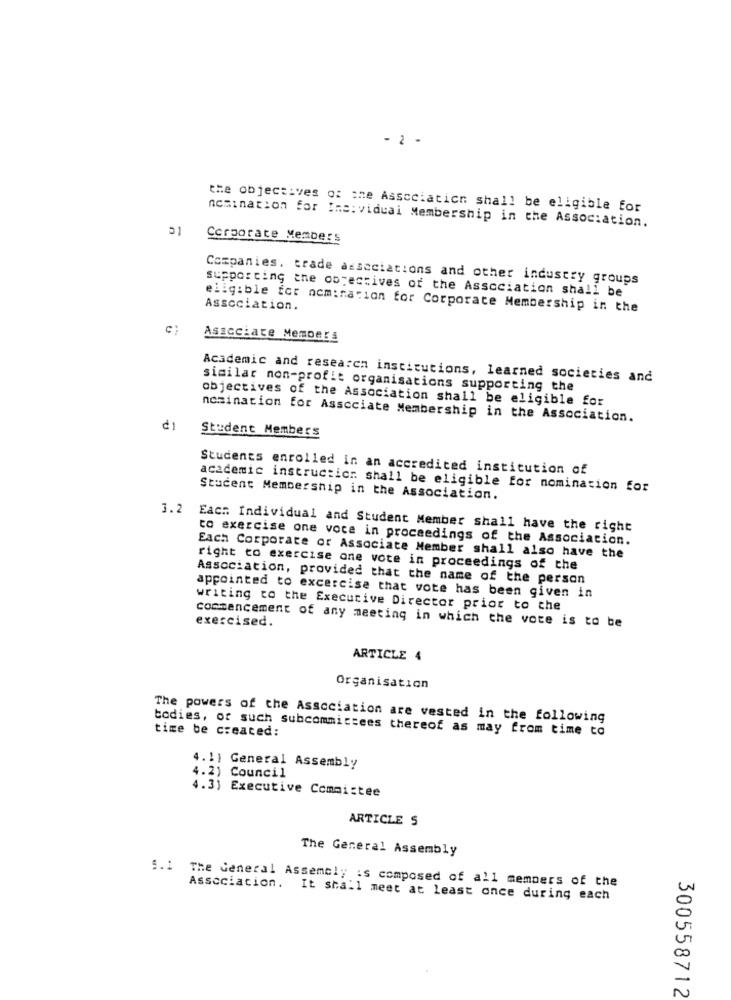
- 2 -
the objectives of the Association shall be eligible for
nomination for Ine:vidual Membership in the Association.
31
Corporate Members
Companies, trade associations and other industry groups
supporting ane objectives of the Association shall be
Association.
eligible for nomination for Corporate Membership in the
Associate Members
Academic and research institutions, learned societies and
similar non-profit organisations supporting the
objectives of the Association shall be eligible for
nomination for Asscciate Membership in the Association.
Student Members
Students enrolled in an accredited institution of
academic instructicr shall be eligible for nomination for
Student Membership in the Association.
3.2
Each Individual and Student Member shall have the right
to exercise one voce in proceedings of the Association.
Each Corporate or Associate Member shall also have the
right to exercise one vote in proceedings of the
Association, provided that the name of the person
appointed to excercise that vote has been given in
writing to the Executive Director prior to the
commencement of any meeting in which the vote is to be
exercised.
ARTICLE 4
Organisation
The powers of the Association are vested in the following
todies, or such subcommittees thereof as may from time to
time be created:
4. 11 General Assembly
4.2) Council
4.3) Executive Committee
ARTICLE S
The General Assembly
5.1 The General Assembly is composed of all members of the
Association. It shall meet at least once during each
300558712